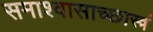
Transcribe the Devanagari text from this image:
समाश्वासाच्छास्त्रं